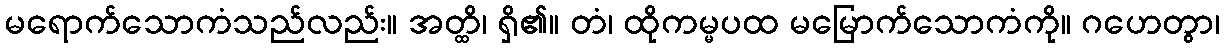
မရောက်သောကံသည်လည်း။ အတ္ထိ၊ ရှိ၏။ တံ၊ ထိုကမ္မပထ မမြောက်သောကံကို။ ဂဟေတွာ၊